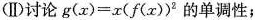
(Ⅱ)讨论$$g(x)=x(f(x)) ^ { 2 } $$的单调性；